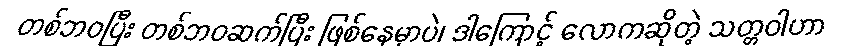
တစ်ဘဝပြီး တစ်ဘဝဆက်ပြီး ဖြစ်နေမှာပဲ၊ ဒါကြောင့် လောကဆိုတဲ့ သတ္တဝါဟာ